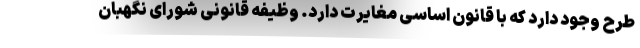
طرح وجود دارد که با قانون اساسی مغایرت دارد. وظیفه قانونی شورای نگهبان